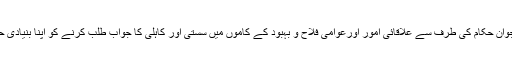
عوام اورنوجوان حکام کی طرف سے علاقائی امور اورعوامی فلاح و بہبود کے کاموں میں سستی اور کاہلی کا جواب طلب کرنے کو اپنا بنیادی حق سمجھیں۔